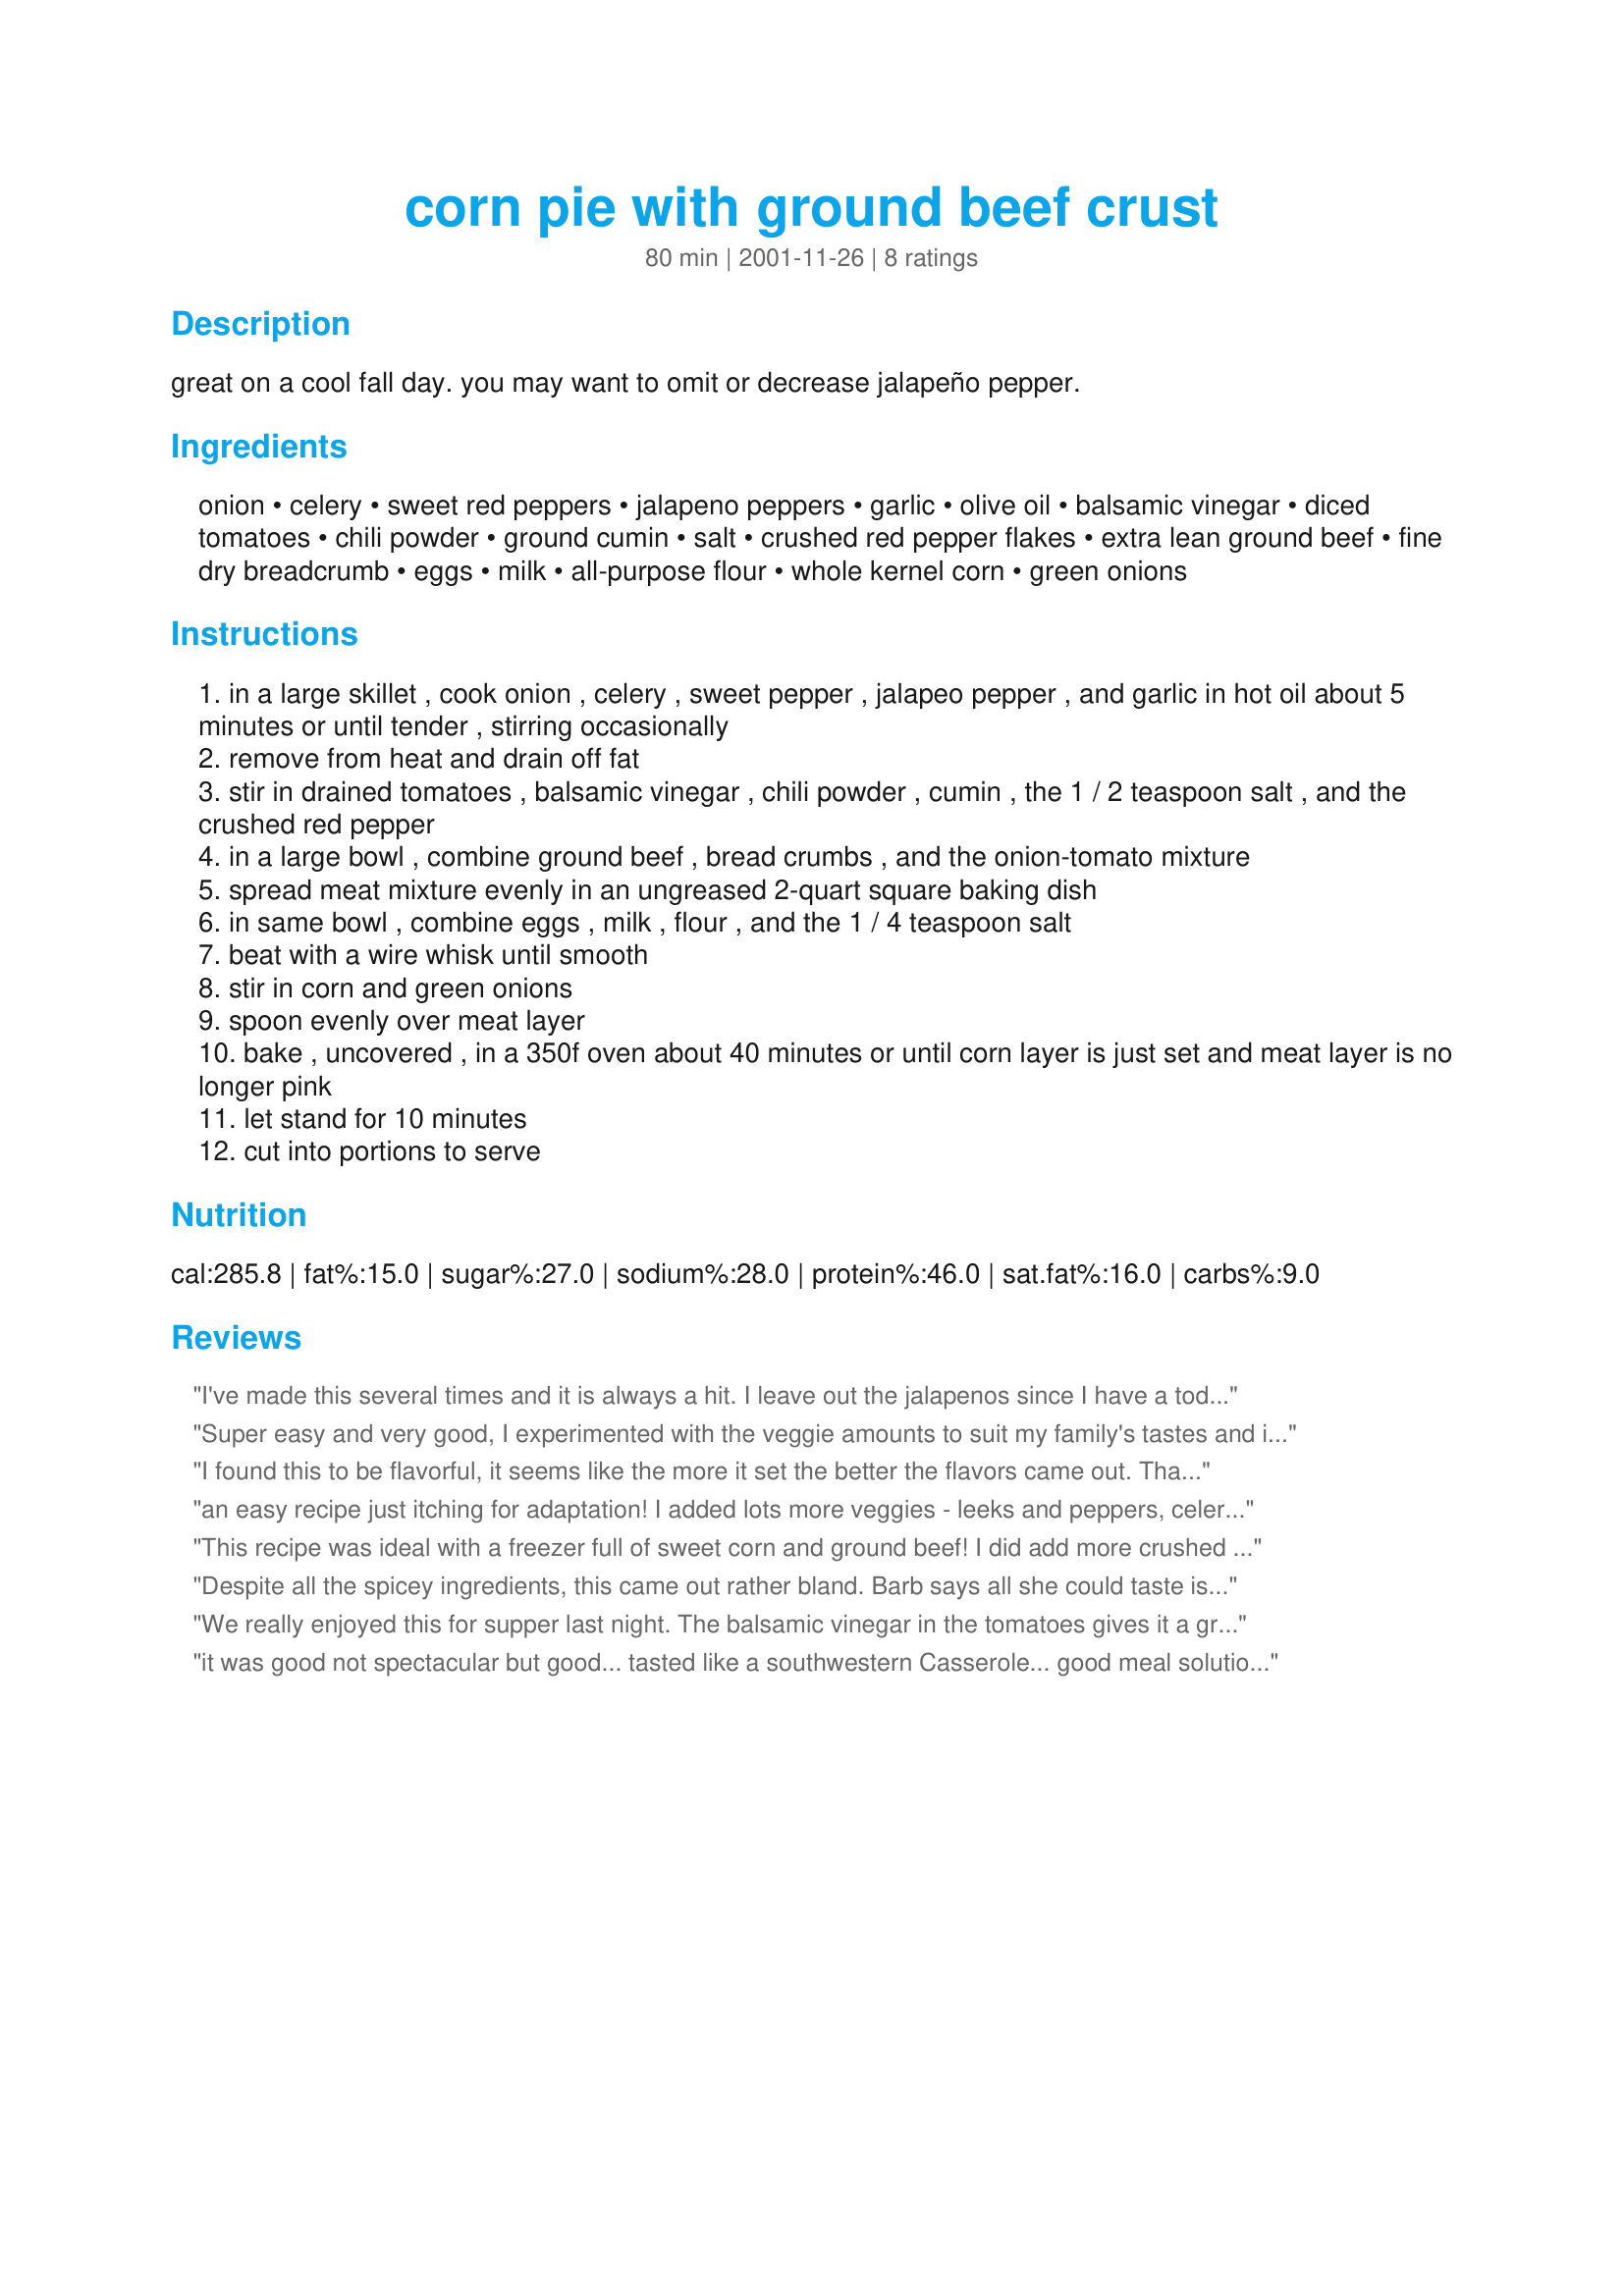
corn pie with ground beef crust
Preparation time: 80 minutes

great on a cool fall day. you may want to omit or decrease jalapeño pepper.

Ingredients:
onion, celery, sweet red peppers, jalapeno peppers, garlic, olive oil, balsamic vinegar, diced tomatoes, chili powder, ground cumin, salt, crushed red pepper flakes, extra lean ground beef, fine dry breadcrumb, eggs, milk, all-purpose flour, whole kernel corn, green onions

Steps:
in a large skillet , cook onion , celery , sweet pepper , jalapeo pepper , and garlic in hot oil about 5 minutes or until tender , stirring occasionally
remove from heat and drain off fat
stir in drained tomatoes , balsamic vinegar , chili powder , cumin , the 1 / 2 teaspoon salt , and the crushed red pepper
in a large bowl , combine ground beef , bread crumbs , and the onion-tomato mixture
spread meat mixture evenly in an ungreased 2-quart square baking dish
in same bowl , combine eggs , milk , flour , and the 1 / 4 teaspoon salt
beat with a wire whisk until smooth
stir in corn and green onions
spoon evenly over meat layer
bake , uncovered , in a 350f oven about 40 minutes or until corn layer is just set and meat layer is no longer pink
let stand for 10 minutes
cut into portions to serve

Reviews:
I've made this several times and it is always a hit. I leave out the jalapenos since I have a toddler. One funny note: the first time I made this, I was out of flour, so I used pancake mix instead. The slight sweetness of the mix was really great!
Super easy and very good, I experimented with the veggie amounts to suit my family's tastes and it still turned out great.
I found this to be flavorful, it seems like the more it set the better the flavors came out. Thanks for posting!
an easy recipe just itching for adaptation! I added lots more veggies - leeks and peppers, celery and onions - but went easy on the chillis - I will add a little more next time - I only added 1/2 tsp of chillies and 1 tsp of chilli powder. I will also add tomato puree. I also put chopped leek in the egg and corn mixture.

An excellent dish - very different too! Deffinately on the menu again!

The picture I posted looks a little brown on one side - that's because I cook on in a wood stove and I forgot to turn the dish as it was browning! Not a flaw in the recipe - just the cook!
This recipe was ideal with a freezer full of sweet corn and ground beef! I did add more crushed red peppers and wow was it good. Even better the next day for breakfast. Thanks.
Despite all the spicey ingredients, this came out rather bland. Barb says all she could taste is the corn.
We really enjoyed this for supper last night. The balsamic vinegar in the tomatoes gives it a great kick! I used water instead of milk to keep out the dairy, and it worked just fine. Since I was feeding more children than should be legal, I also cut back on the spicy ingredients and put some crushed red pepper on the table so everyone could add in their own. Another winner, Dave!
it was good not spectacular but good... tasted like a southwestern Casserole... good meal solution. Unfortunately I did not have all my ingredients ready so I feel it took me forever to make it!
I also substitute the milk by water like one of the reviewers suggested.
It needs a "PZAS" maybe top it w/cheese?
